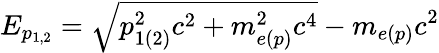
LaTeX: E_{p_{1,2}}=\sqrt{p_{1(2)}^{2}c^{2}+m_{e(p)}^{2}c^{4}}-m_{e(p)}c^{2}